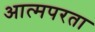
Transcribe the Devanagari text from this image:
आत्मपरता